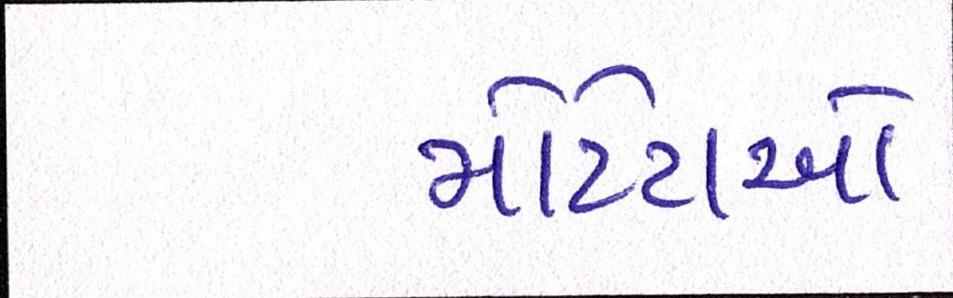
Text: મોટેરાઓ